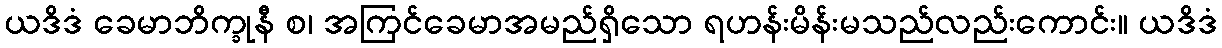
ယဒိဒံ ခေမာဘိက္ခုနီ စ၊ အကြင်ခေမာအမည်ရှိသော ရဟန်းမိန်းမသည်လည်းကောင်း။ ယဒိဒံ